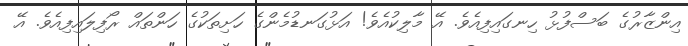
އިންޒާރުގެ ބަސްފުޅު ހިނގައިފިއެވެ. އޭ މާލިކުއެވެ! އަޅުގަނޑުމެންގެ ހަށިތަކުގެ ހަންތައް ރޯފިލައިފިއެވެ. އޭ